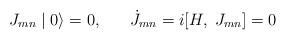
LaTeX: \begin{align*}J_{mn} \mid 0 \rangle = 0 , \; \; \; \; \; \; \dot{J}_{mn} = i [H, \; J_{mn} ] = 0\end{align*}